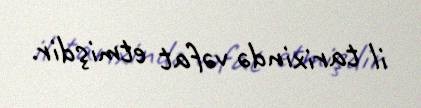
il tarixində vəfat etmişdir.